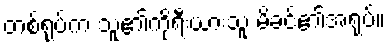
တစ်ရုပ်က သူ၏ကိုရီးယားသူ မိခင်၏အရုပ်။